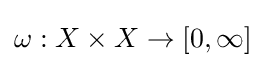
\omega :X\times X\to [0,\infty ]